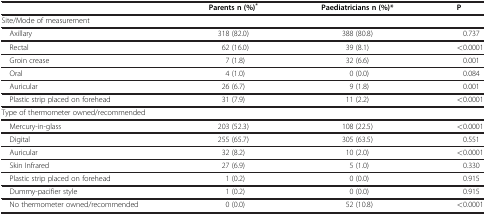
<table><thead><tr><td><b> </b></td><td><b>Parents n (%)<sup>*</sup></b></td><td><b>Paediatricians n (%)*</b></td><td><b>P</b></td></tr></thead><tbody><tr><td>Site/Mode of measurement</td><td> </td><td> </td><td> </td></tr><tr><td> Axillary</td><td>318 (82.0)</td><td>388 (80.8)</td><td>0.737</td></tr><tr><td> Rectal</td><td>62 (16.0)</td><td>39 (8.1)</td><td>&lt;0.0001</td></tr><tr><td> Groin crease</td><td>7 (1.8)</td><td>32 (6.6)</td><td>0.001</td></tr><tr><td> Oral</td><td>4 (1.0)</td><td>0 (0.0)</td><td>0.084</td></tr><tr><td> Auricular</td><td>26 (6.7)</td><td>9 (1.8)</td><td>0.001</td></tr><tr><td> Plastic strip placed on forehead</td><td>31 (7.9)</td><td>11 (2.2)</td><td>&lt;0.0001</td></tr><tr><td>Type of thermometer owned/recommended</td><td> </td><td> </td><td> </td></tr><tr><td> Mercury-in-glass</td><td>203 (52.3)</td><td>108 (22.5)</td><td>&lt;0.0001</td></tr><tr><td> Digital</td><td>255 (65.7)</td><td>305 (63.5)</td><td>0.551</td></tr><tr><td> Auricular</td><td>32 (8.2)</td><td>10 (2.0)</td><td>&lt;0.0001</td></tr><tr><td> Skin Infrared</td><td>27 (6.9)</td><td>5 (1.0)</td><td>0.330</td></tr><tr><td> Plastic strip placed on forehead</td><td>1 (0.2)</td><td>0 (0.0)</td><td>0.915</td></tr><tr><td> Dummy-pacifier style</td><td>1 (0.2)</td><td>0 (0.0)</td><td>0.915</td></tr><tr><td> No thermometer owned/recommended</td><td>0 (0.0)</td><td>52 (10.8)</td><td>&lt;0.0001</td></tr></tbody></table>